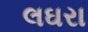
લઘરા